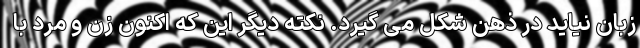
زبان نیاید در ذهن شکل می گیرد. نکته دیگر این که اکنون زن و مرد با